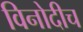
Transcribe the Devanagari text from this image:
विनोदीच